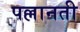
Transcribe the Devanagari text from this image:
पल्लानती